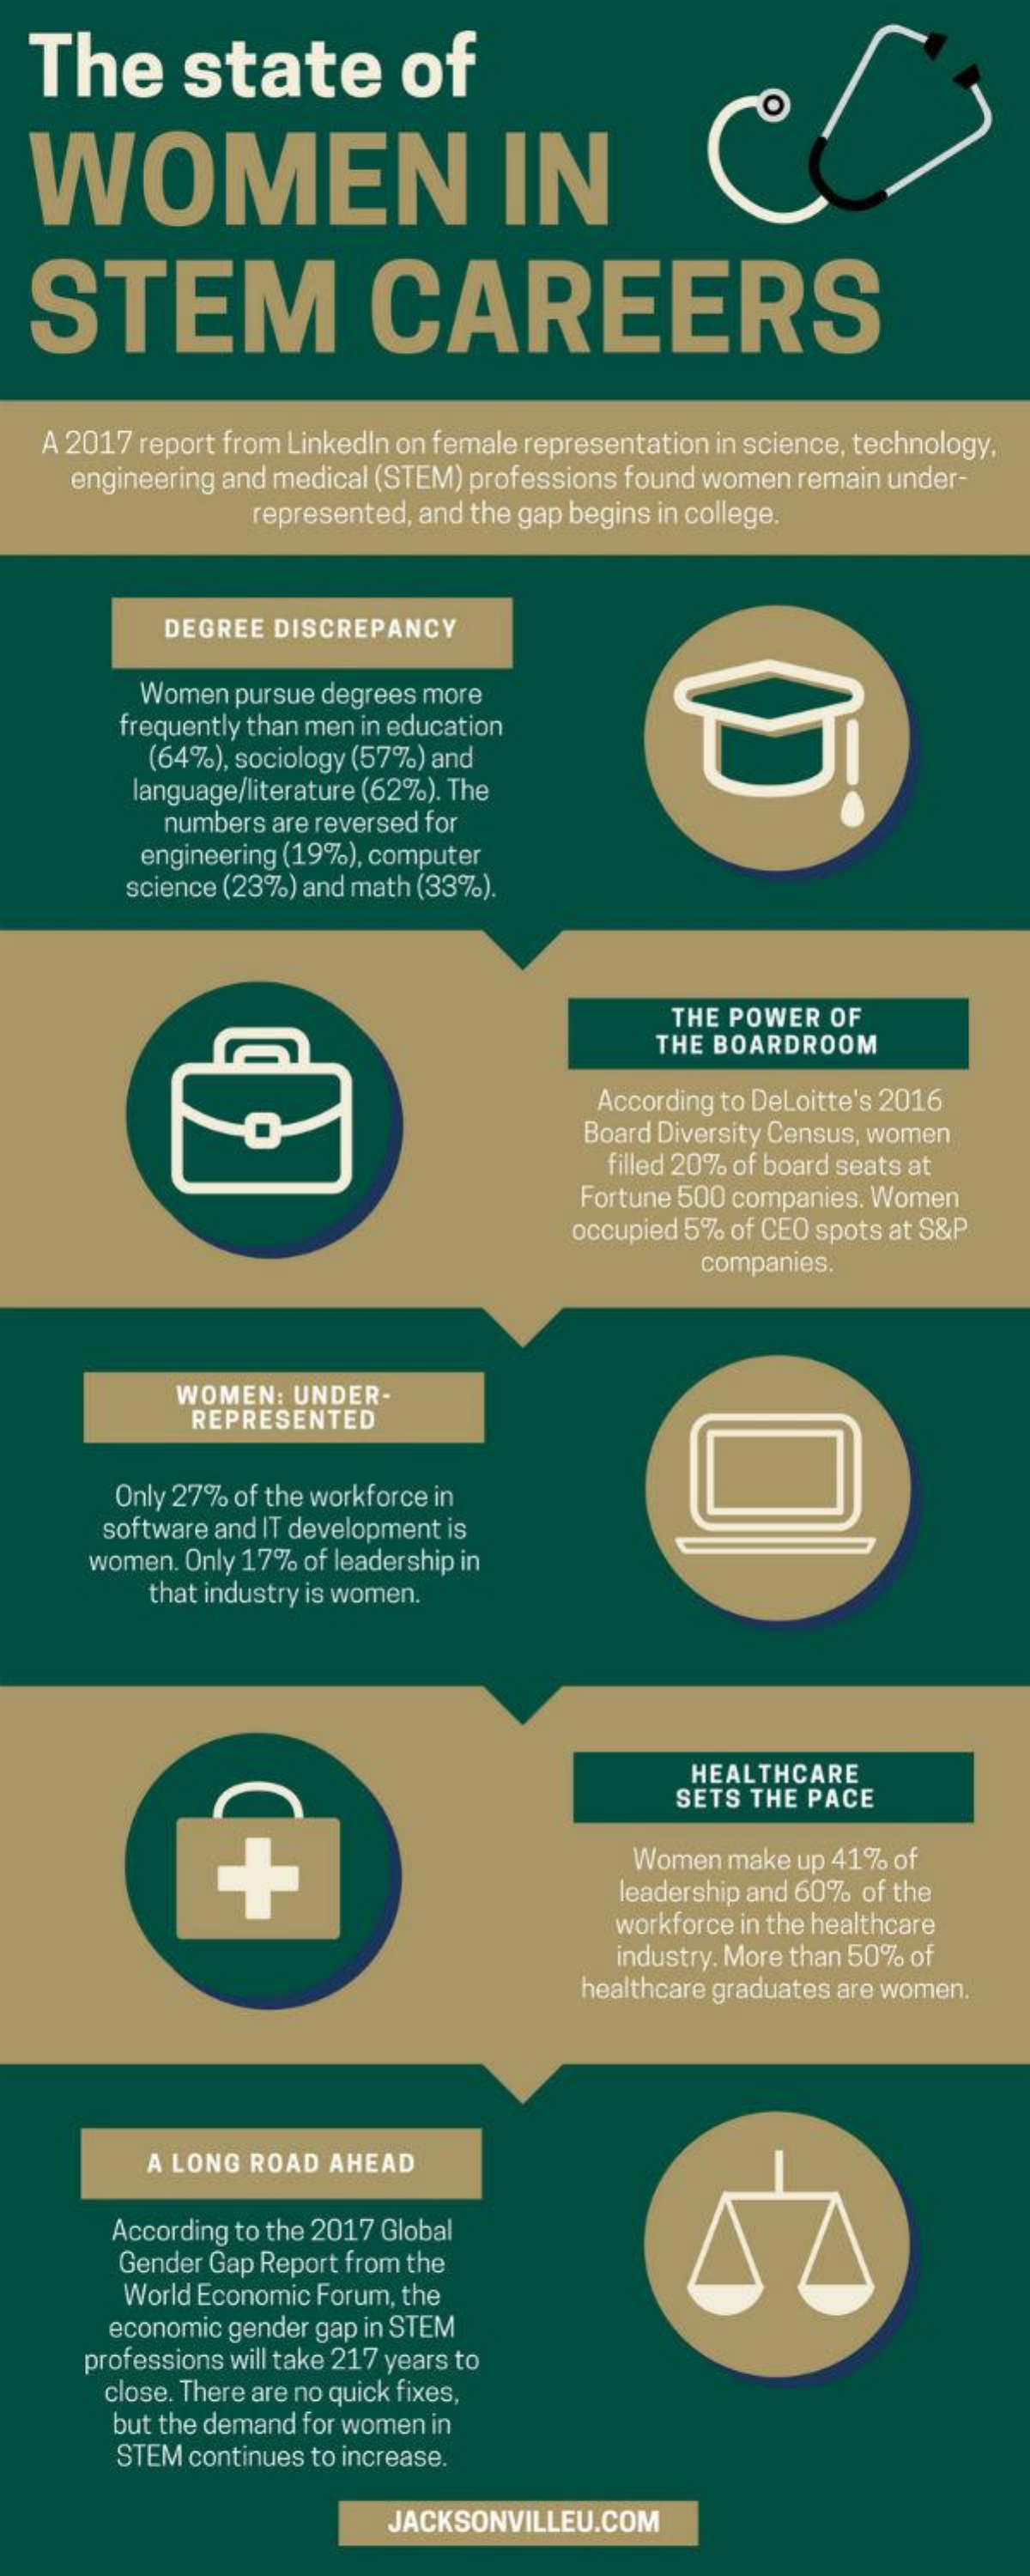
The    state    of
  WOMEN    IN
  STEM    CAREERS
   A 2017 report from Linkedln on female representation in science, technology,
     engineering and medical (STEM) professions found women remain under-
     represented, and the gap begins in college.
     DEGREE  DISCREPANCY
     Women pursue degrees more
     frequently than men in education
     (64%), sociology (57%) and
     language/literature (62%). The
     numbers are reversed for
     engineering (19%), computer
     science (23%) and math (33%).
     THE POWER OF
     THE BOARDROOM
     According to Deloitte's 2016
     Board Diversity Census, women
     filled 20% of board seats at
     Fortune 500 companies. Women
     occupied 5% of CEO spots at S&P
     companies.
     WOMEN:  UNDER-
     REPRESENTED
     Only 27% of the workforce in
     software and IT development is
     women. Only 17% of leadership in
     that industry is women.
     HEALTHCARE
     SETS THE PACE
     Women make up 41% of
     leadership and 60% of the
     workforce in the healthcare
     industry. More than 50% of
     healthcare graduates are women.
     A LONG ROAD AHEAD
     According to the 2017 Global
     Gender Gap Report from the
     World Economic Forum, the
     economic gender gap in STEM
     professions will take 217 years to
     close. There are no quick fixes,
     but the demand for women in
     STEM continues to increase.
     JACKSONVILLEU.COM